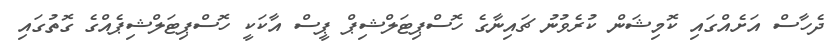
ދެހާސް އަށެއްގައި ކޮމިޝަން ކުރެވުނު ޗައިނާގެ ހޮސްޕިޓަލްޝިޕް ޕީސް އާކަކީ ހޮސްޕިޓަލްޝިޕެއްގެ ގޮތުގައި